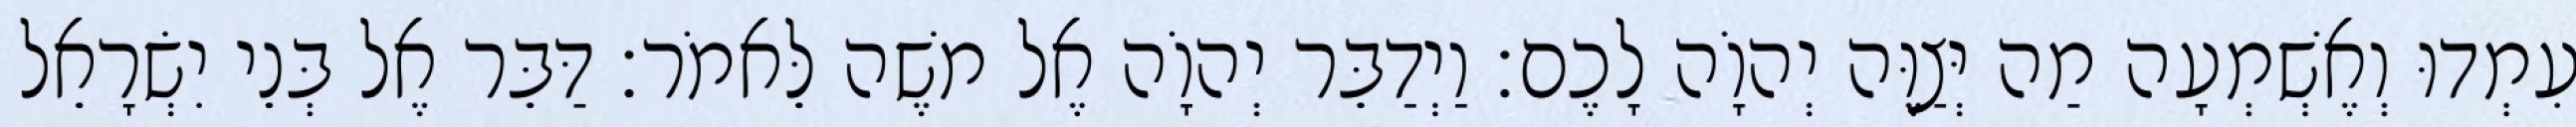
עִמְדוּ וְאֶשְׁמְעָה מַה יְּצַוֶּה יְהוָֹה לָכֶם׃ וַיְדַבֵּר יְהוָֹה אֶל משֶׁה לֵּאמֹר׃ דַּבֵּר אֶל בְּנֵי יִשְׂרָאֵל